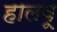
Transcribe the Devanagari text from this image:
हालवू